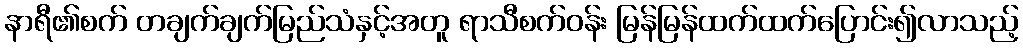
နာရီ၏စက် တချက်ချက်မြည်သံနှင့်အတူ ရာသီစက်ဝန်း မြန်မြန်ထက်ထက်ပြောင်း၍လာသည့်